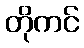
တိုကင်